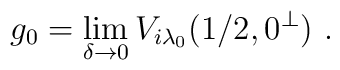
g_0 = \lim_{\delta \rightarrow 0}V_{i\lambda_0}(1/2,0^\perp) \,\, .